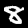
Digit: 8